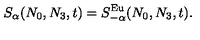
S _ { \alpha } ( N _ { 0 } , N _ { 3 } , t ) = S _ { - \alpha } ^ { \mathrm { E u } } ( N _ { 0 } , N _ { 3 } , t ) .